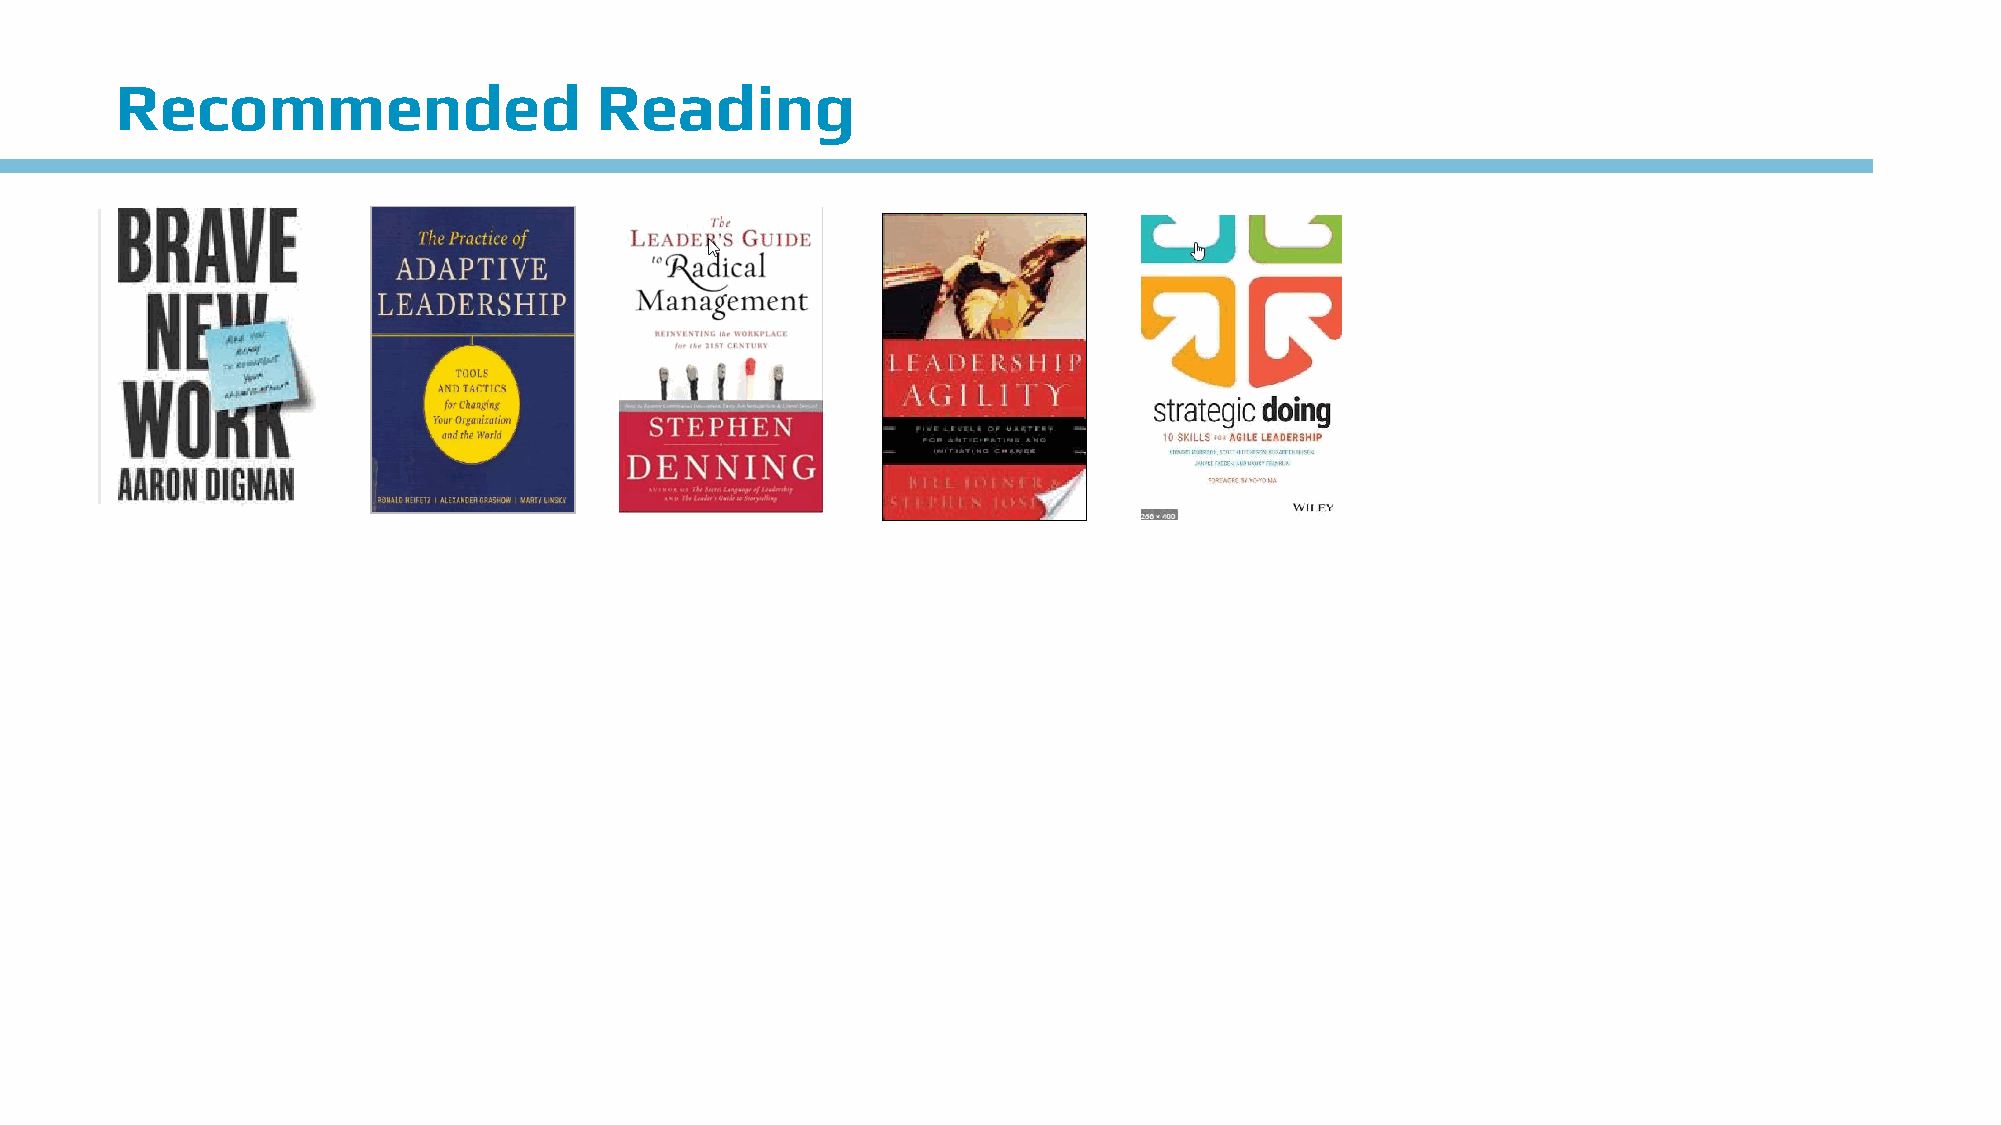
Recommended                    Reading